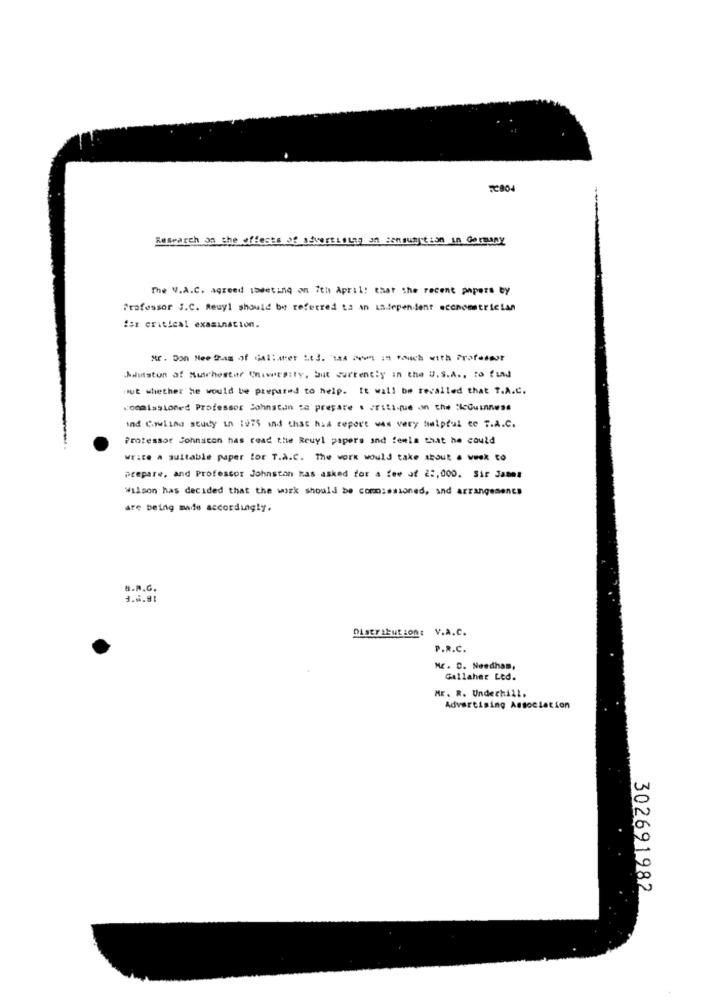
T2804
Research on the effects of advertising on consumption in Germany
The W.A.C. agreed todeting on 7th April! that the recent papers by
Professor S.C. Reuyl should be referred to an independent econometrictan
fer critical examination.
Suiston af Nutchester University, but currently in the U.S.A ., to find
ut whether he would be prepared to help. It wall be recalled that T.A.C.
commissioned Professor Johnston to prepare . Priti-que on the ticGuinness
ind Cowling study in 1975 and that has report was very helpful ce T.A.C.
Professor Johnscon has read the Reuyl papers and femia that he could
write a suitable paper for T.A.c. The work would take shout a week to
prepare, and Professor Johnston has asked for a few of 22,000. Sir James
Wilson has decided that the work should be commissioned, and arrangements
are being made accordingly.
B.R.G.
Distribution: V.A.C.
P.R.C.
Mr. D. Needham,
Gallaher Led.
Mr. R. Underhill.
Advertising Association
302691982